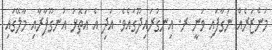
މަންޒަރެއް ނަގާފައި ވަނީ ރ. އިނގުރައިދޫގައެވެ. އަދި އެ އަތޮޅު އުނގޫފާރާއި މާލޭގައި